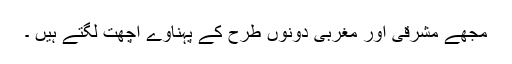
مجھے مشرقی اور مغربی دونوں طرح کے پہناوے اچھت لگتے ہیں ۔